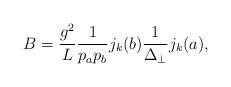
\begin{align*}B = \frac{g^2}{L}\frac{1}{p_a p_b} j_k(b)\frac{1}{\Delta_\perp}j_k(a),\end{align*}